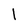
Character: l